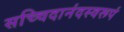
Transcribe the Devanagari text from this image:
सच्चिदानंदस्वरूपं